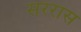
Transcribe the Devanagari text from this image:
सररास